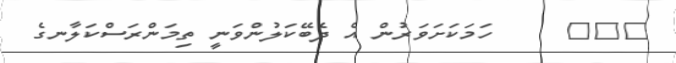
١٢٢     ހަމަކަށަވަރުން އެ ދެބޭކަލުންވަނީ ތިމަންރަސްކަލާނގެ